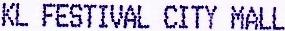
KL FESTIVAL CITY MALL